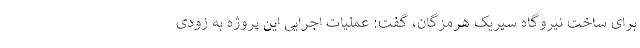
برای ساخت نیروگاه سیریک هرمزگان، گفت: عملیات اجرایی این پروژه به زودی